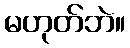
မဟုတ်ဘဲ။